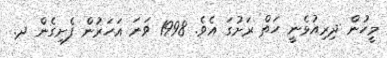
މީހުން ދިރިއުޅެނީ ހަތް ރަށުގަ އެވެ. 1998 ވަނަ އަހަރުން ފެށިގެން ދ.